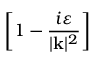
\left[ 1 - \frac { i \varepsilon } { | \mathbf { k } | ^ { 2 } } \right]